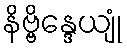
နိဗ္ဗိန္ဒေယျုံ